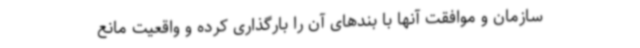
سازمان و موافقت آنها با بندهای آن را بارگذاری کرده و واقعیت مانع‌